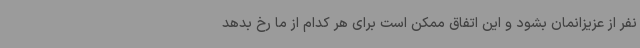
نفر از عزیزانمان بشود و این اتفاق ممکن است برای هر کدام از ما رخ بدهد